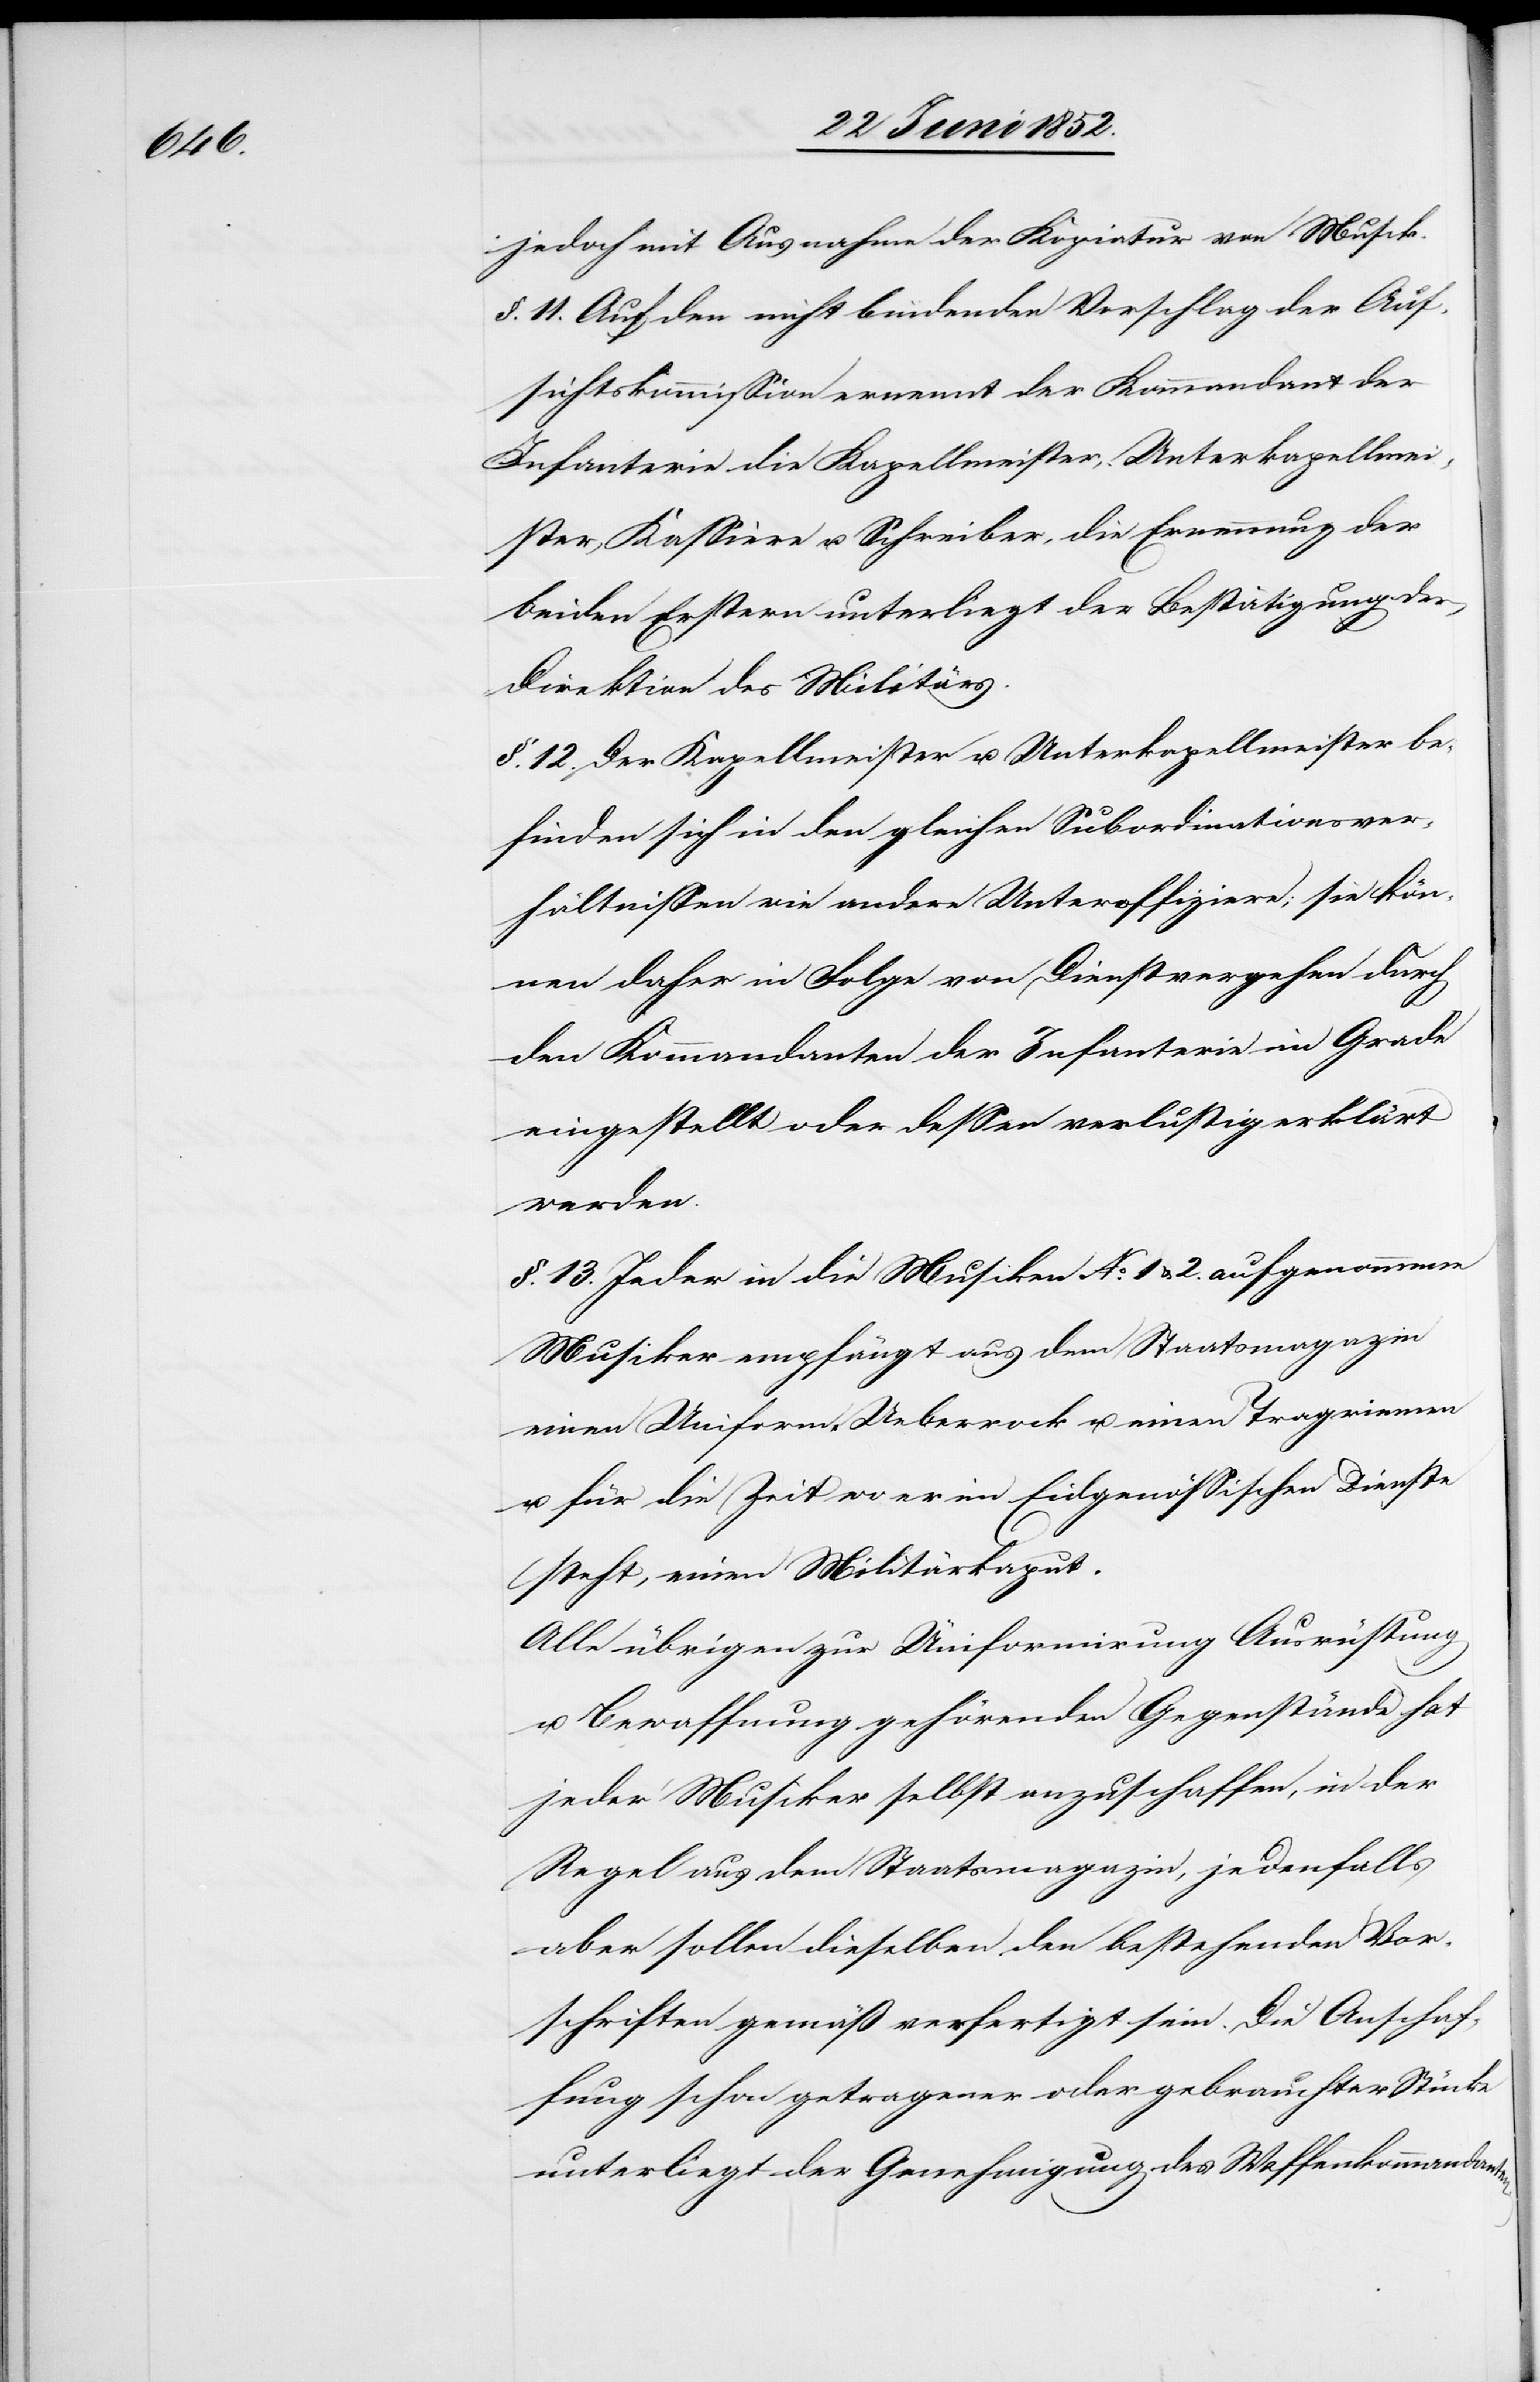
jedoch mit Ausnahme der Kopiatur von Musik.
§. 11. Auf den nicht bindenden Vorschlag der Auf¬
sichtskommission ernennt der Kommandant der
Infanterie die Kapellmeister, Unterkapellmei¬
ster, Kassiere u. Schreiber, die Ernennung der
beiden Erstern unterliegt der Bestätigung der
Direktion des Militärs.
§. 12. Der Kapellmeister u. Unterkapellmeister be¬
finden sich in den gleichen Subordinationsver¬
hältnissen wie andere Unteroffiziere; sie kön¬
nen daher in Folge von Dienstvergehen durch
den Kommandanten der Infanterie im Grade
eingestellt oder dessen verlustig erklärt
werden.
§. 13. Jeder in die Musiken No. 1 & 2. aufgenommene
Musiker empfängt aus dem Staatsmagazin
einen Uniform-Ueberrock u. einen Tragriemen
u. für die Zeit wo er im Eidgenössischen Dienste
steht, einen Militärkaput.
Alle übrigen zur Uniformirung[,] Ausrüstung
u. Bewaffnung gehörenden Gegenstände hat
jeder Musiker selbst anzuschaffen, in der
Regel aus dem Staatsmagazin, jedenfalls
aber sollen dieselben den bestehenden Vor¬
schriften gemäß verfertigt sein. Die Anschaf¬
fung schon getragener oder gebrauchter Stücke
unterliegt der Genehmigung des Waffenkommandanten.